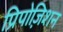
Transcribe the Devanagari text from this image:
प्रिपोज़िशन